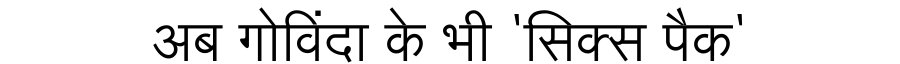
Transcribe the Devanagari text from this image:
अब गोविंदा के भी 'सिक्स पैक'